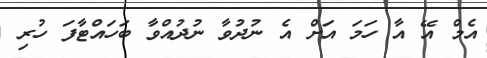
އެމް އޭ އާ ހަމަ އަށް އެ ނުދުވާ ނުދުއްވާ ބަހައްޓާފަ ހުރި